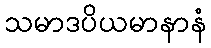
သမာဒပိယမာနာနံ